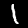
Digit: 1